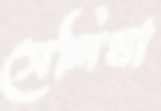
সেলিমা